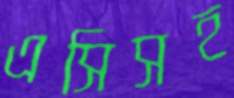
এসিসহ